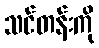
သင်တန်းကို